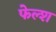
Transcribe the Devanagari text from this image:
फेल्श